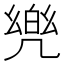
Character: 𮰋